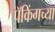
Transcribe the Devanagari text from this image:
पॅकिंगच्या